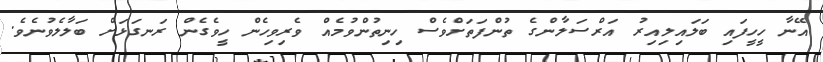
އޭނާ ހީހީފައި ބަލައިލިއިރު އަރްސަލާންގެ ތުންފަތަށްވެސް ހިނިތުންވުމެއް ވެރިވިހެން ހީވެގެން ރަނގަޅަށް ބަލާލެވުނެވެ.